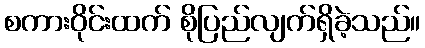
စကားဝိုင်းထက် စိုပြည်လျက်ရှိခဲ့သည်။